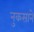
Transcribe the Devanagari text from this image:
नुकसाने